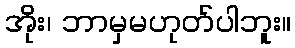
အိုး၊ ဘာမှမဟုတ်ပါဘူး။